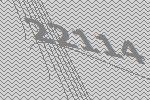
22114